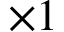
\times 1